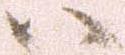
ハ